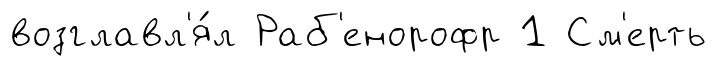
возглавл'я́л Раб'енорофр 1 См'ерть